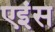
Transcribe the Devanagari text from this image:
एइंस